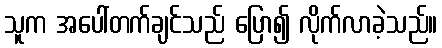
သူက အပေါ်တက်ချင်သည် ပြော၍ လိုက်လာခဲ့သည်။